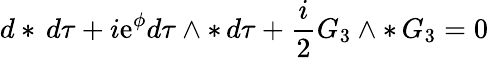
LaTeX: d*\, d\tau+i\mathrm{e}^{\phi}d\tau\wedge*\, d\tau+\frac{i}{2}G_{3}\wedge*\, G_{3}=0